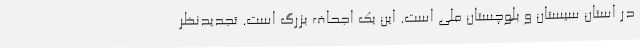
در استان سیستان و بلوچستان ملی است. این یک اجحاف بزرگ است. تجدیدنظر